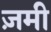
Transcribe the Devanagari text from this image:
ज़मी